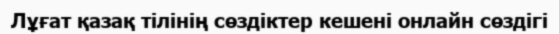
Лұғат қазақ тілінің сөздіктер кешені онлайн сөздігі